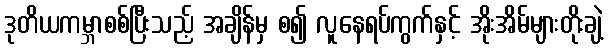
ဒုတိယကမ္ဘာစစ်ပြီးသည့် အချိန်မှ စ၍ လူနေရပ်ကွက်နှင့် အိုးအိမ်များတိုးချဲ့